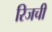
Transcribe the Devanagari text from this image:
रिजची